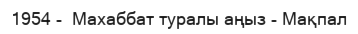
1954 -  Махаббат туралы аңыз - Мақпал